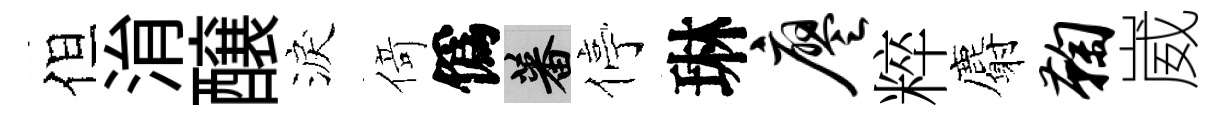
但㳙醸淚𠋣僞蕃停琳廖粹麝鞠崴